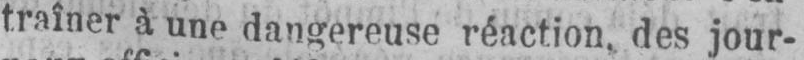
traîner à une dangereuse réaction, des jour-